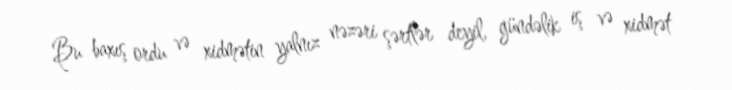
Bu baxış ordu və xidmətin yalnız nəzəri şərtlər deyil, gündəlik iş və xidmət